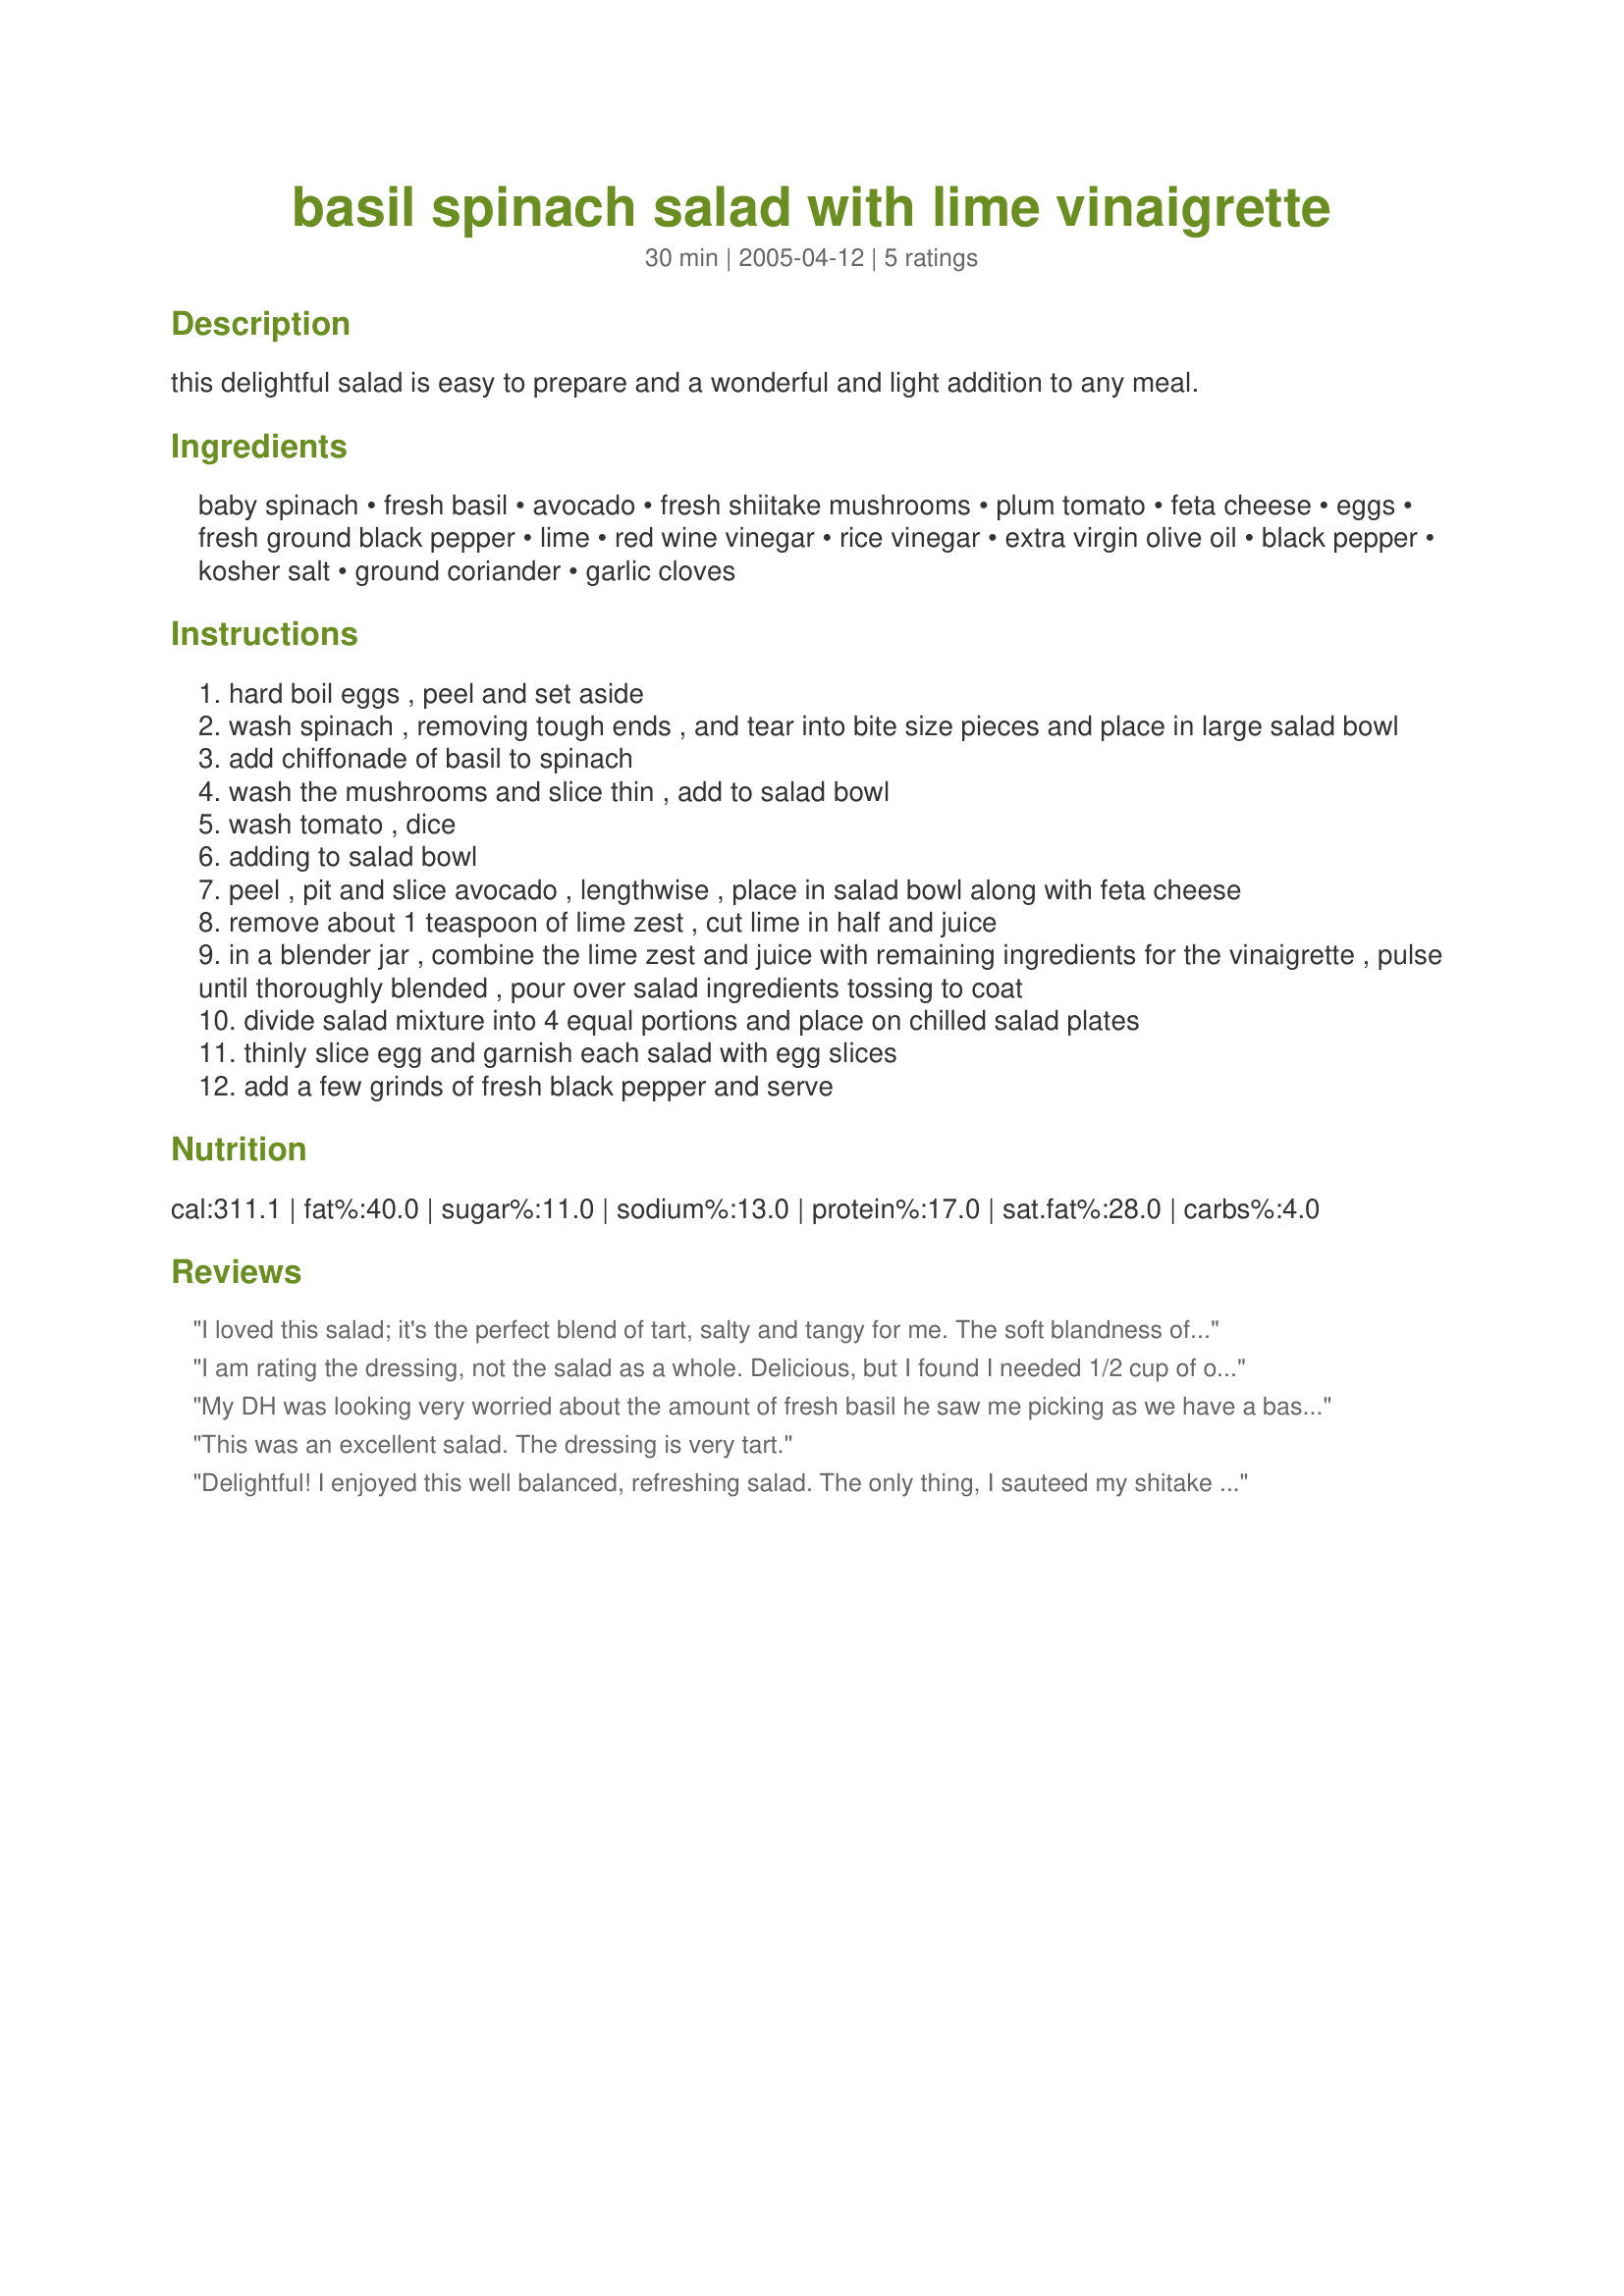
basil spinach salad with lime vinaigrette
Preparation time: 30 minutes

this delightful salad is easy to prepare and a wonderful and light addition to any meal.

Ingredients:
baby spinach, fresh basil, avocado, fresh shiitake mushrooms, plum tomato, feta cheese, eggs, fresh ground black pepper, lime, red wine vinegar, rice vinegar, extra virgin olive oil, black pepper, kosher salt, ground coriander, garlic cloves

Steps:
hard boil eggs , peel and set aside
wash spinach , removing tough ends , and tear into bite size pieces and place in large salad bowl
add chiffonade of basil to spinach
wash the mushrooms and slice thin , add to salad bowl
wash tomato , dice
adding to salad bowl
peel , pit and slice avocado , lengthwise , place in salad bowl along with feta cheese
remove about 1 teaspoon of lime zest , cut lime in half and juice
in a blender jar , combine the lime zest and juice with remaining ingredients for the vinaigrette , pulse until thoroughly blended , pour over salad ingredients tossing to coat
divide salad mixture into 4 equal portions and place on chilled salad plates
thinly slice egg and garnish each salad with egg slices
add a few grinds of fresh black pepper and serve

Reviews:
I loved this salad; it's the perfect blend of tart, salty and tangy for me. The soft blandness of the avocado, hard-cooked egg and mushrooms are perfect companions to the slightly acidic tomato, sweet basil and salty cheese. I really liked the tart vinaigrette itself and plan to use it on other salads as well. This was an outstanding recipe; thanks so much!
I am rating the dressing, not the salad as a whole. Delicious, but I found I needed 1/2 cup of olive oil, instead of the 1/4 it called for when using on a lettuce, pepper, tomato and feta salad. Nice southwestern flair!
My DH was looking very worried about the amount of fresh basil he saw me picking as we have a basil glut and he is very sick of this particular herb. However once he dared try this salad he quite liked it as there were plenty of other flavours so the basil did not dominate. Despite the amount the basil flavour is subtle.
The shiitake mushrooms were a very nice touch in this recipe and worth effort. And the viniagrette is a very nice one. I used an Asian spinach for the spinach which worked well.
Great RSC effort!
This was an excellent salad. The dressing is very tart.
Delightful! I enjoyed this well balanced, refreshing salad. The only thing, I sauteed my shitake mushrooms before adding to the salad. They are not to be eaten raw from the research I`ve done. I used herb and pepper goat cheese in place of the feta. It gave a nice creaminess to the salad. The vinaigrette was nice and light. The lime yummy! I cut the black pepper to 1/2 teaspoon and blended it in the blender.
